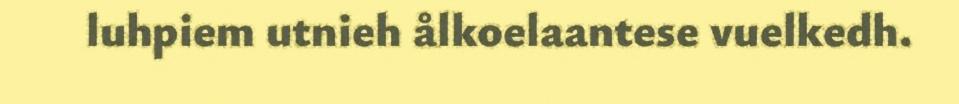
luhpiem utnieh ålkoelaantese vuelkedh.